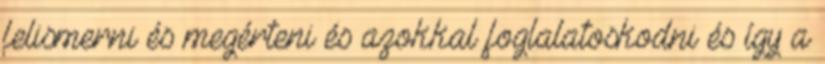
felismerni és megérteni és azokkal foglalatoskodni és így a